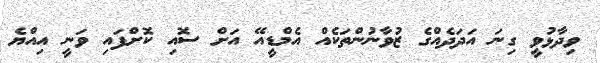
ވިދާޅުވީ ގިނަ އަދަދެއްގެ ޒުވާނުންތަކެއް އެމްޑީއޭ އަށް ސޮއި ކޮށްފައި ވަނީ އިއްޔެ